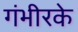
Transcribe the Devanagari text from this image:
गंभीरके